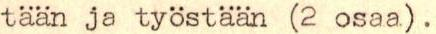
tään ja työstään (2 osaa).